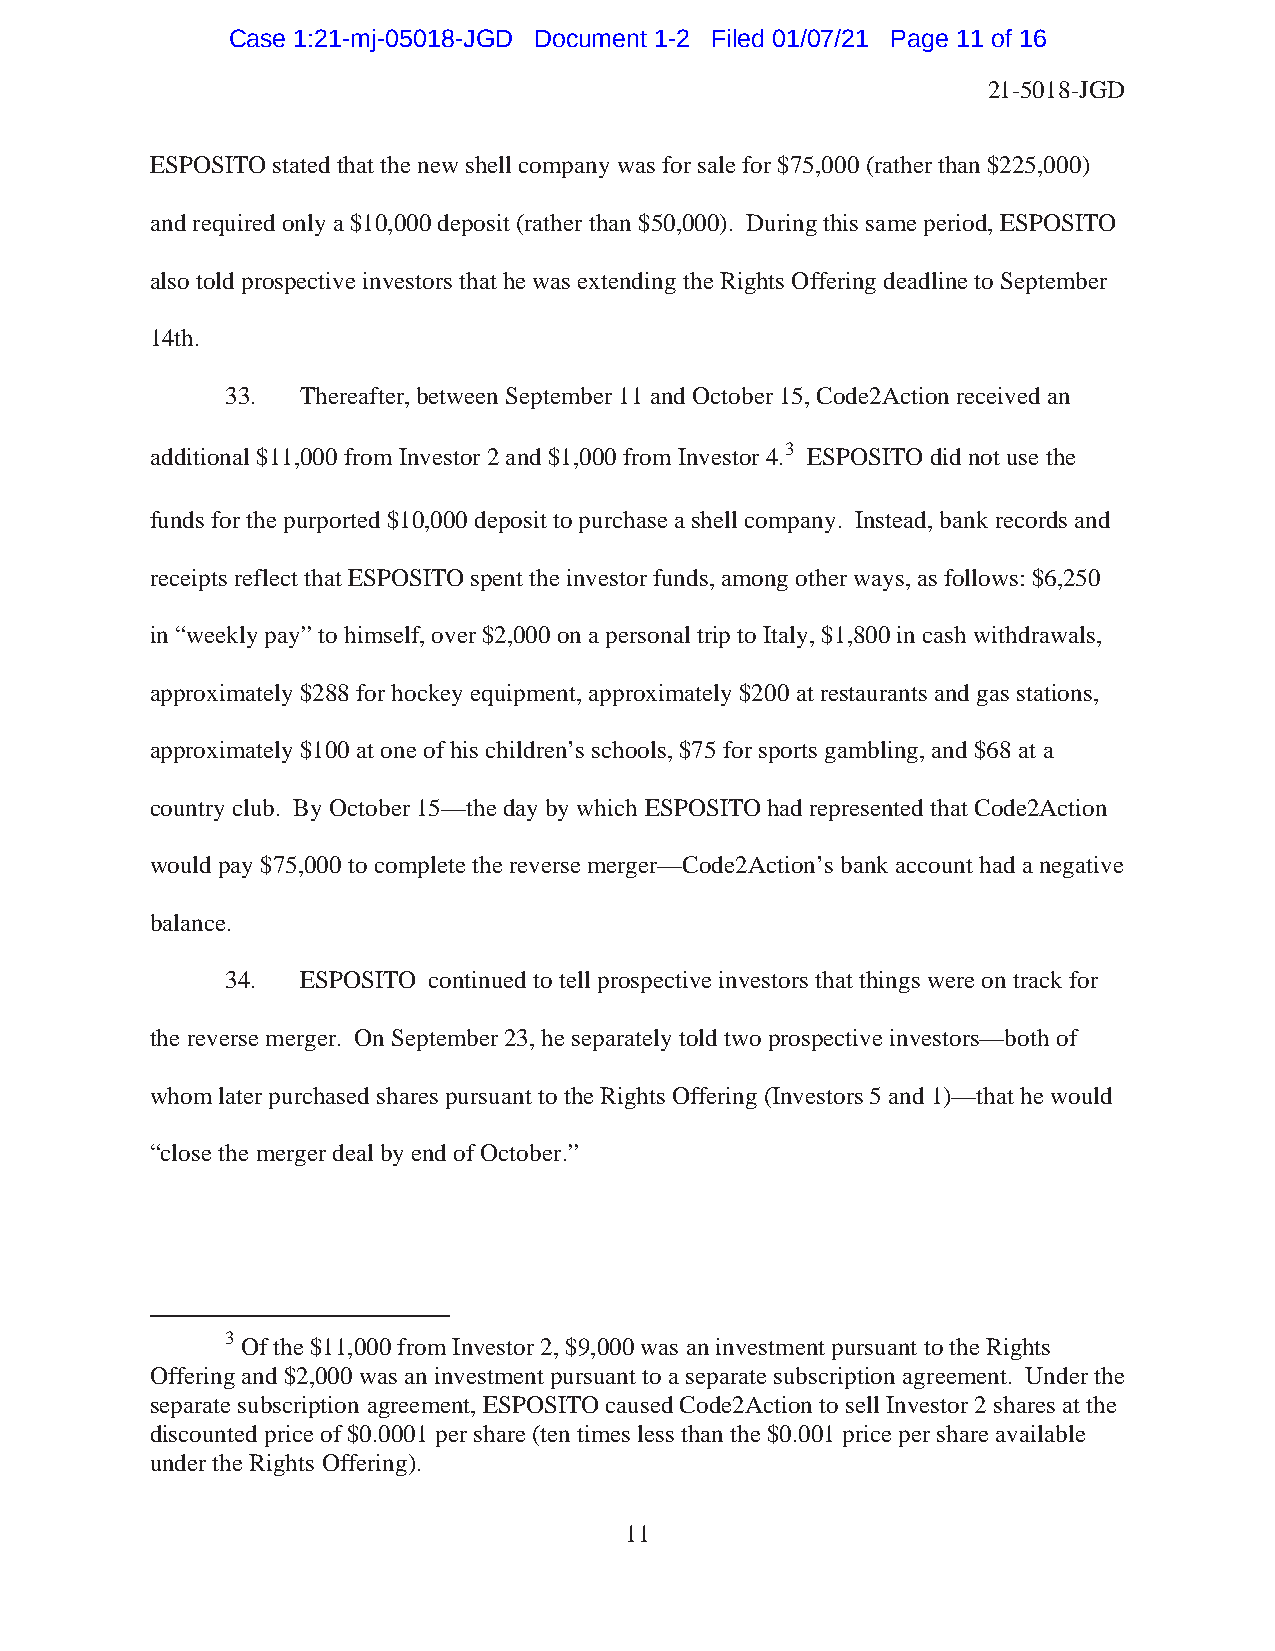
Case 1:21-mj-05018-JGD Document 1-2 Filed 01/07/21 Page 11 of 16
 21-5018-JGD
 ESPOSITO stated that the new shell company was for sale for $75,000 (rather than $225,000)
 and required only a $10,000 deposit (rather than $50,000). During this same period, ESPOSITO
 also told prospective investors that he was extending the Rights Offering deadline to September
 14th.
 33.  Thereafter, between September 11 and October 15, Code2Action received an
 additional $11,000 from Investor 2 and $1,000 from Investor 4.3 ESPOSITO did not use the
 funds for the purported $10,000 deposit to purchase a shell company. Instead, bank records and
 receipts reflect that ESPOSITO spent the investor funds, among other ways, as follows: $6,250
 in “weekly pay” to himself, over $2,000 on a personal trip to Italy, $1,800 in cash withdrawals,
 approximately $288 for hockey equipment, approximately $200 at restaurants and gas stations,
 approximately $100 at one of his children’s schools, $75 for sports gambling, and $68 at a
 country club. By October 15—the day by which ESPOSITO had represented that Code2Action
 would pay $75,000 to complete the reverse merger—Code2Action’s bank account had a negative
 balance.
 34.  ESPOSITO continued to tell prospective investors that things were on track for
 the reverse merger. On September 23, he separately told two prospective investors—both of
 whom later purchased shares pursuant to the Rights Offering (Investors 5 and 1)—that he would
 “close the merger deal by end of October.”
 3 Of the $11,000 from Investor 2, $9,000 was an investment pursuant to the Rights
 Offering and $2,000 was an investment pursuant to a separate subscription agreement. Under the
 separate subscription agreement, ESPOSITO caused Code2Action to sell Investor 2 shares at the
 discounted price of $0.0001 per share (ten times less than the $0.001 price per share available
 under the Rights Offering).
 11